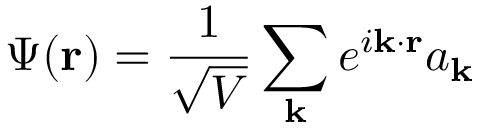
\Psi ( \mathbf { r } ) = { \frac { 1 } { \sqrt { V } } } \sum _ { \mathbf { k } } e ^ { i \mathbf { k \cdot r } } a _ { \mathbf { k } }